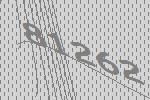
81262